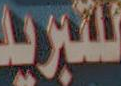
للتبريد